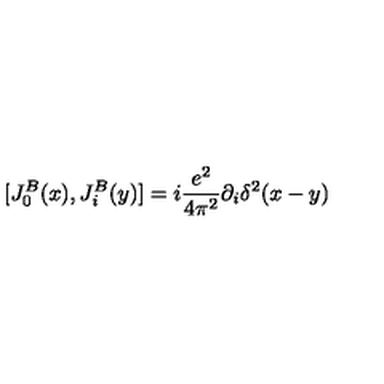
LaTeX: [ J _ { 0 } ^ { B } ( x ) , J _ { i } ^ { B } ( y ) ] = i { \frac { e ^ { 2 } } { 4 \pi ^ { 2 } } } \partial _ { i } \delta ^ { 2 } ( x - y )